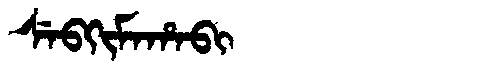
Manchu: ᠰᡝᠪᡴᡳᠮᠠᡥᠠᠪᡳ
Romanization: SEBKIMAHABI